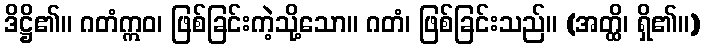
ဒိဋ္ဌိ၏။ ဂတံဣဝ၊ ဖြစ်ခြင်းကဲ့သို့သော။ ဂတံ၊ ဖြစ်ခြင်းသည်။ (အတ္ထိ၊ ရှိ၏။)